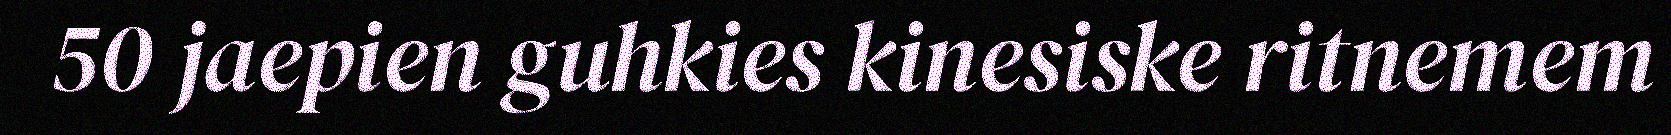
50 jaepien guhkies kinesiske ritnemem